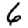
Digit: 6